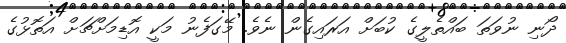
ދޯނި ނުވަތަ ބައްތެލީގެ ކުބަށް އަރައިގެން ނެވެ. މޭގަފެނު މަކީ އޮޑިމަށްޗަށް އަތޮޅުގެ